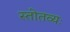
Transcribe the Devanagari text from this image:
स्तोतव्यः